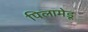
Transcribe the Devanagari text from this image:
पिलामेडू